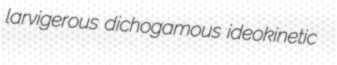
larvigerous dichogamous ideokinetic